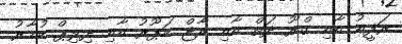
ރަފީޢު އާއި ގްރޫ ދަތް އާއި ރާޖް ކަޕޫރު އާއި ދިލިޕް ކުމާރު